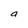
Character: a